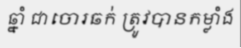
ឆ្នាំ ជាចោរឆក់ ត្រូវបានកម្លាំង